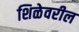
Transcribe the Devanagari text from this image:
शिळेवरील